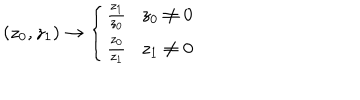
LaTeX: \left( z _ { 0 } , z _ { 1 } \right) \rightarrow \left\{ \begin{array} { c } { { \frac { z _ { 1 } } { z _ { 0 } } z _ { 0 } \neq 0 } } \\ { { \frac { z _ { 0 } } { z _ { 1 } } z _ { 1 } \neq 0 } } \\ \end{array} \right.